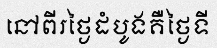
នៅពីរថ្ងៃដំបូងគឺថ្ងៃទី